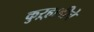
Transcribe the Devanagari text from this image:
कुऱ्हाडीचे